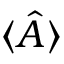
\langle \hat { A } \rangle